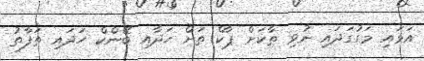
އަޅައި މަގުގަދައި ނުވި ތާކަށް ޕާކް ތަށް ހަދާއި ބޭންކް ހަދައި ތަފާތު